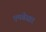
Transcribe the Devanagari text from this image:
एमबेस्डर